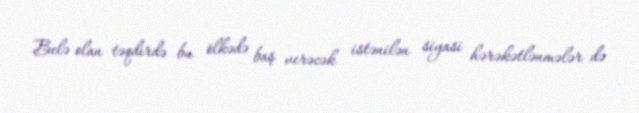
Belə olan təqdirdə bu ölkədə baş verəcək istənilən siyasi hərəkətlənmələr də